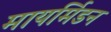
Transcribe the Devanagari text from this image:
मायर्मिडन